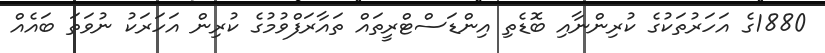
1880ގެ އަހަރުތަކުގެ ކުރިންނާއި ބޮޑެތި އިންޑަސްޓްރީތައް ތައާރަފްވުމުގެ ކުރިން އަހަރަކު ނުވަތަ ބައެއް